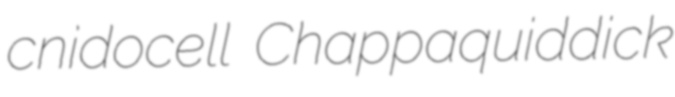
cnidocell Chappaquiddick